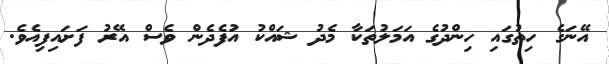
އޭނަގެ ހިތުގައި ހިންދުގެ އަމަލުތަކާ މެދު ޝައްކު އުފެދެން ވެސް އޭރު ފަށައިފިއެވެ.